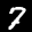
Label: 7